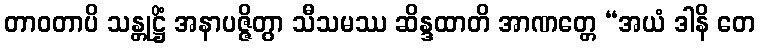
တာဝတာပိ သန္တုဋ္ဌိံ အနာပဇ္ဇိတွာ သီသမဿ ဆိန္ဒထာတိ အာဏတ္တေ “အယံ ဒါနိ တေ